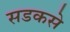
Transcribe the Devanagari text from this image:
सडकसे